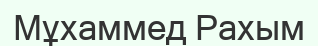
Мұхаммед Рахым